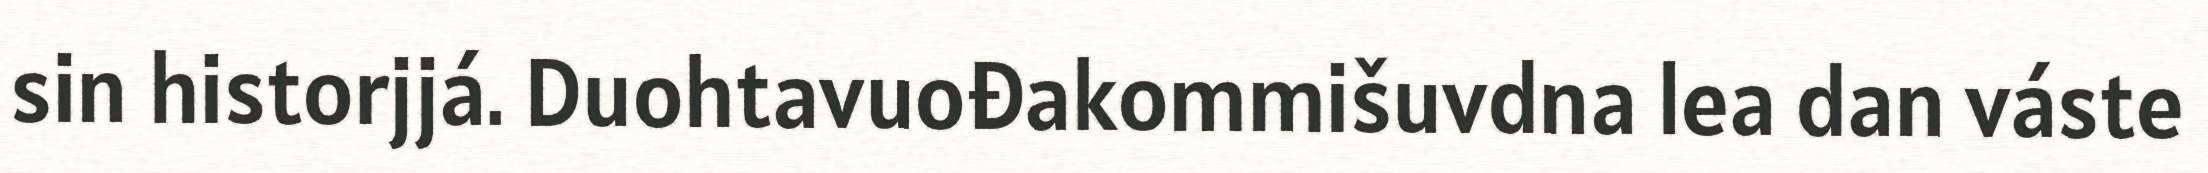
sin historjjá. Duohtavuođakommišuvdna lea dan váste